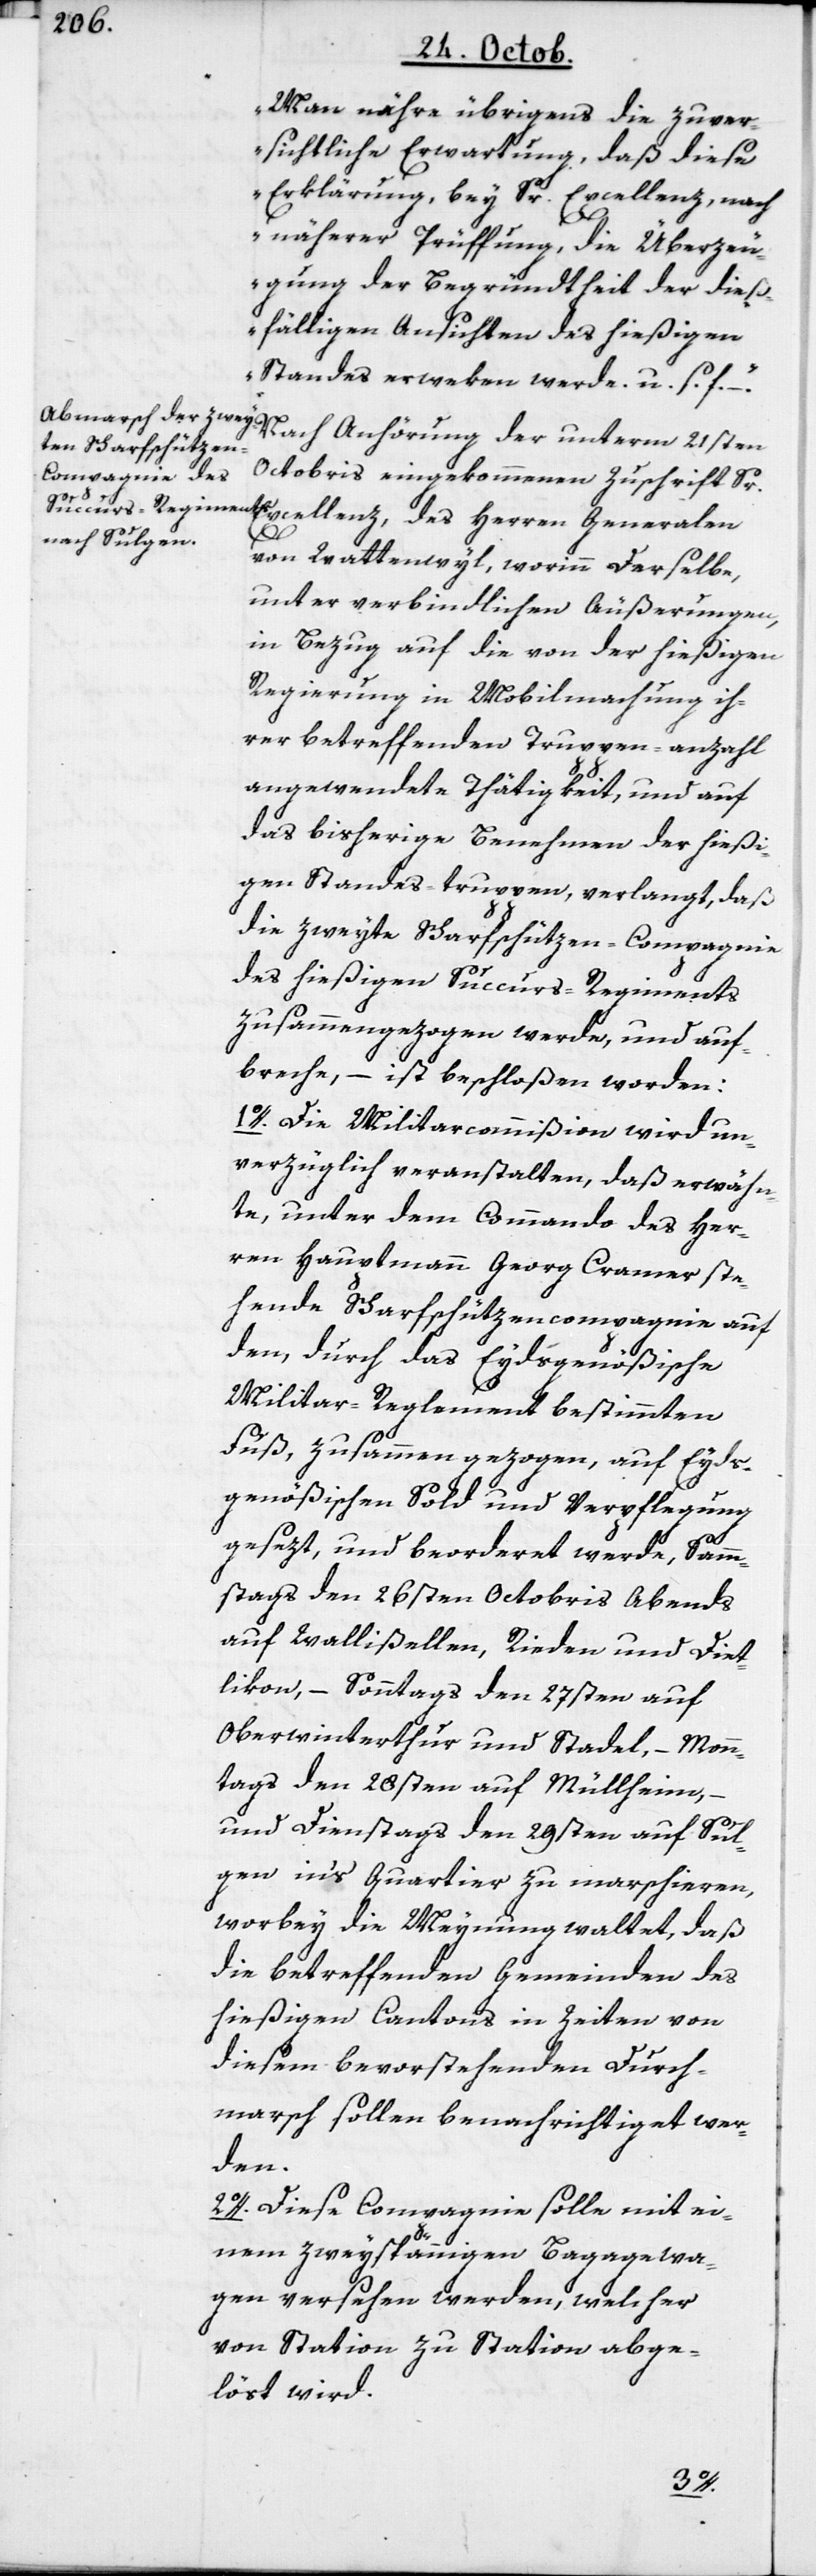
Man nähre übrigens die zuver¬
sichtliche Erwartung, daß diese
Erklärung bey Sr. Excellenz, nach
näherer Prüffung, die Überzeu¬
gung der Begründtheit der dieß¬
fälligen Ansichten des hießigen
Standes erwecken werde, u. s. f.“.
Nach Anhörung der unterm 21sten
Octobris eingekommenen Zuschrift Sr.
Excellenz des Herren Generalen
von Wattenwyl, worinn Derselbe,
unter verbindlichen Äußerungen,
in Bezug auf die von der hießigen
Regierung in Mobilmachung ih¬
rer betreffenden Truppen-anzahl
angewendete Thätigkeit, und auf
das bisherige Benehmen der hießi¬
gen Standes-truppen, verlangt, daß
die zweyte Schrafschützen-Compagnie
des hießigen Succurs-Regiments
zusammengezogen werde, und auf¬
breche, – ist beschloßen worden:
1o. Die Miltarcommißion wird un¬
verzüglich veranstalten, daß erwähn¬
te, unter dem Commando des Her¬
ren Hauptmann Georg Cramer ste¬
hende Scharfschützencompagnie auf
den, durch das Eydsgenößische
Militar-Reglement bestimmten
Fuß, zusammen gezogen, auf Eyds¬
genößischen Sold und Verpflegung
gesezt und beorderet werde, Samm¬
stags den 26sten Octobris Abends
auf Wallisellen, Rieden und Diet¬
likon, – Sonntags den 27sten auf
Oberwinterthur und Stadel, – Monn¬
tags den 28sten auf Mühlheim,
und Dienstags den 29sten auf Sul¬
gen in’s Quartier zu marschieren,
worbey die Meynung waltet, daß
die betreffenden Gemeinden des
hießigen Cantons in Zeiten von
diesem bevorstehenden Durch¬
marsch sollen benachrichtiget wer¬
den.
2o. Diese Compagnie solle mit ei¬
nem zweyspännigen Bagagewa¬
gen versehen werden, welcher
von Station zu Station abge¬
löst wird.